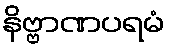
နိဗ္ဗာဏပရမံ